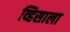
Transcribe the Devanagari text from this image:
व्हिसाला